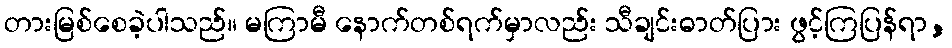
တားမြစ်စေခဲ့ပါသည်။ မကြာမီ နောက်တစ်ရက်မှာလည်း သီချင်းဓာတ်ပြား ဖွင့်ကြပြန်ရာ,